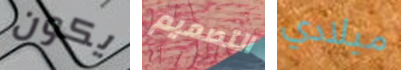
يكون التصميم ميلادي